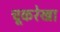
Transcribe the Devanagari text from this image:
चूकरेखा